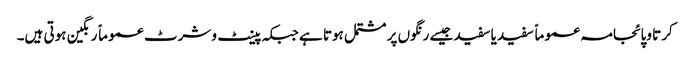
کرتا وپائجامہ عموماً سفید یا سفید جیسے رنگوں پر مشتمل ہوتا ہے جبکہ پینٹ وشرٹ عموماً رنگین ہوتی ہیں۔